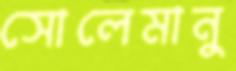
সোলেমানু